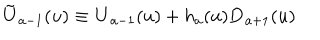
LaTeX: \tilde { \bf U } _ { a - 1 } ( u ) \equiv { \bf U } _ { a - 1 } ( u ) + h _ { a } ( u ) { \bf D } _ { a + 1 } ( u )